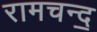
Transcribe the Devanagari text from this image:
रामचन्द॒